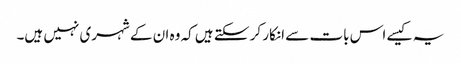
یہ کیسے اس بات سے انکار کر سکتے ہیں کہ وہ ان کے شہری نہیں ہیں۔